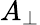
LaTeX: A_{\perp}